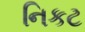
નિકટ